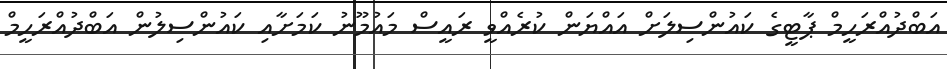
އަބްދުއްރަހީމް ޕާޓީގެ ކައުންސިލަށް އައްޔަން ކުރެއްވީ ރައީސް މައުމޫނު ކަމަށާއި ކައުންސިލުން އަބްދުއްރަހީމް